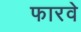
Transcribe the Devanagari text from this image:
फारवे